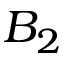
B _ { 2 }